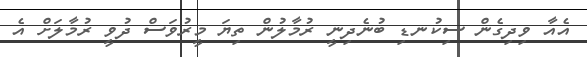
އެއާ ވިދިގެން ސިކުނޑި ބުނެދިނީ ރުމާލުން ތިޔަ މީރުވަސް ދުވީ ރުމާލަށް އެ